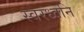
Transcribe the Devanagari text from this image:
स्वरध्वनि